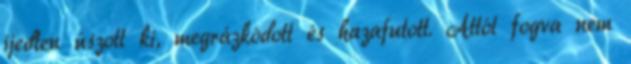
ijedten úszott ki, megrázkódott és hazafutott. Attól fogva nem